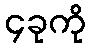
၄ခုကို